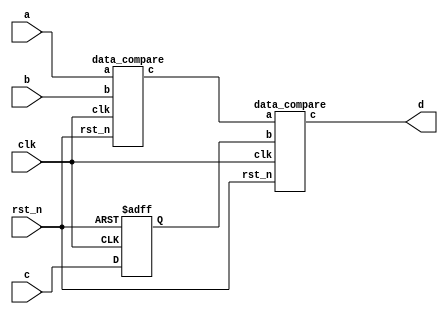
// ======================================================================
// Affiliation:			Tsinghua Univ
// Module Name:			main_mod
// Description:			input data compare
// Additional Comments:	VL9 on nowcoder
// ======================================================================

`timescale 1ns/1ns

module main_mod (
	input	wire				clk,
	input	wire				rst_n,
	input	wire	[7: 0]		a,
	input	wire	[7: 0]		b,
	input	wire	[7: 0]		c,
	output	wire	[7: 0]		d
);

wire	[7: 0]		min_a_b;
reg		[7: 0]		c_reg;

always @(posedge clk or negedge rst_n) begin
	if (~rst_n) begin
		c_reg <= 8'd0;
	end
	else begin
		c_reg <= c;
	end
end

data_compare u_data_compare_0 (
	.clk      ( clk     ),
	.rst_n    ( rst_n   ),
	.a        ( a       ),
	.b        ( b       ),
	.c        ( min_a_b )
);

data_compare u_data_compare_1 (
	.clk      ( clk     ),
	.rst_n    ( rst_n   ),
	.a        ( min_a_b ),
	.b        ( c_reg   ),
	.c        ( d       )
);

endmodule


module data_compare (
	input	wire				clk,
	input	wire				rst_n,
	input	wire	[7: 0]		a,
	input	wire	[7: 0]		b,
	output	wire	[7: 0]		c
);

reg		[8: 0]		c_reg;

assign	c  =  c_reg;

always @(posedge clk or negedge rst_n) begin
	if (~rst_n) begin
		c_reg <= 8'd0;
	end
	else begin
		if (a > b) begin
			c_reg <= b;
		end
		else begin
			c_reg <= a;
		end
	end
end

endmodule